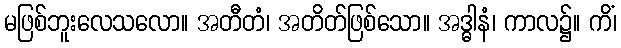
မဖြစ်ဘူးလေသလော။ အတီတံ၊ အတိတ်ဖြစ်သော။ အဒ္ဓါနံ၊ ကာလ၌။ ကိံ၊